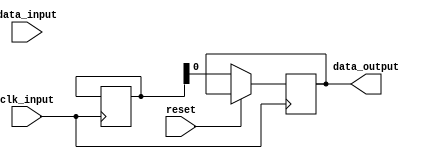
module Timing_Control_Synchronization_Full_FIFO (
    input wire clk_input,
    input wire reset,
    input wire data_input,
    output wire data_output
);

reg [7:0] fifo_buffer [0:15];
reg [3:0] fifo_ptr;
reg almost_full;
reg clock_divider;

always @(posedge clk_input or posedge reset) begin
    if (reset) begin
        fifo_ptr <= 0;
        almost_full <= 0;
        clock_divider <= 0;
    end else begin
        if (fifo_ptr == 15) begin
            almost_full <= 1;
        end else begin
            almost_full <= 0;
        end
        if (clock_divider == 7) begin
            fifo_buffer[fifo_ptr] <= data_input;
            if (fifo_ptr < 15) begin
                fifo_ptr <= fifo_ptr + 1;
            end else begin
                fifo_ptr <= 0;
            end
            if (!almost_full) begin
                data_output <= fifo_buffer[0];
            end
        end else begin
            data_output <= fifo_buffer[0];
        end
        if (fifo_ptr == 0) begin
            clock_divider <= 0;
        end else begin
            clock_divider <= clock_divider + 1;
        end
    end
end

endmodule